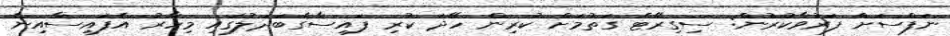
ނަފްސަށް ފަރުވާކުރުން: ސިގިރޭޓް ގަތުމަށް ކުރިން ހޭދަ ކުރި ފައިސާގެބަދަލުގައި މިހާރު އެފައިސާއިން